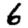
Digit: 6